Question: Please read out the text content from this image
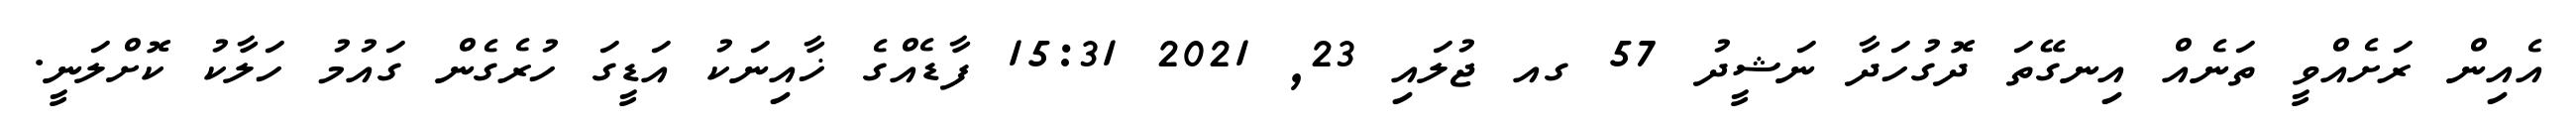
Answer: އެއިން ރަށެއްވީ ތަނެއް އިނގޭތަ ދޮގުހަދާ ނަޝީދު 57 ގއ ޖުލައި 23, 2021 15:31 ފާޑެއްގެ ޚާއިނަކު އަޑީގަ ހުރެގެން ގައުމު ހަލާކު ކޮށްލަނީ.